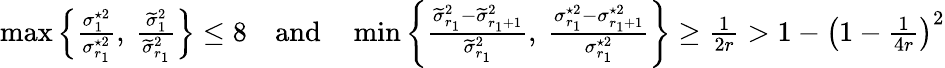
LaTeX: \begin{array}{r}{\operatorname*{max}\left\{ \frac{\sigma_{1}^{\star 2}}{\sigma_{r_{1}}^{\star 2}},\ \frac{\widetilde{\sigma}_{1}^{2}}{\widetilde{\sigma}_{r_{1}}^{2}}\right\} \leq 8\quad\mathrm{and}\quad\operatorname*{min}\left\{ \frac{\widetilde{\sigma}_{r_{1}}^{2}-\widetilde{\sigma}_{r_{1}+1}^{2}}{\widetilde{\sigma}_{r_{1}}^{2}},\ \frac{\sigma_{r_{1}}^{\star 2}-\sigma_{r_{1}+1}^{\star 2}}{\sigma_{r_{1}}^{\star 2}}\right\} \geq\frac{1}{2r}>1-\left(1-\frac{1}{4r}\right)^{2}}\end{array}